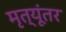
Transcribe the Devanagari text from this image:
मृत्यूंतर